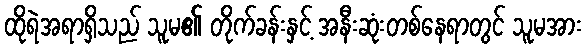
ထိုရဲအရာရှိသည် သူမ၏ တိုက်ခန်းနှင့် အနီးဆုံးတစ်နေရာတွင် သူမအား